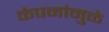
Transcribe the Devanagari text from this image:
कंपनांमुळे